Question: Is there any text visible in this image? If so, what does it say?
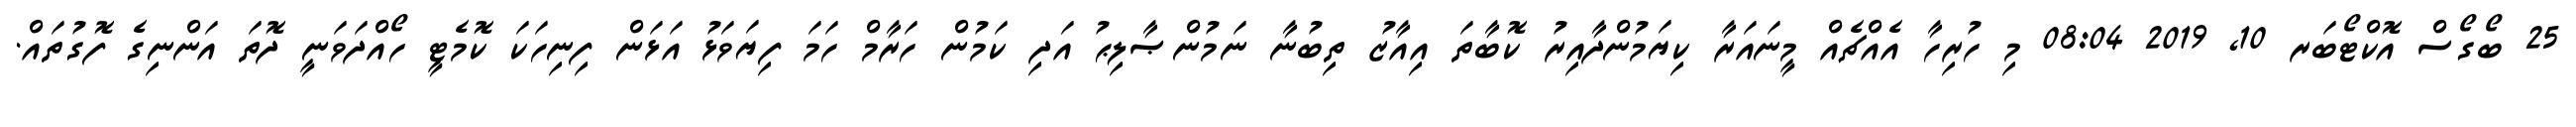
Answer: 25 ބޯގޯސް އޮކްޓޯބަރ 10, 2019 08:04 މި ހުރިހާ އެއްޗެއް މީނައަރާ ކިޔަމުންދާއިރު ކޮބާތަ އިއާޒު ތިބުނާ ނަމުންޞާލިޙު އަދި ކަމުން ހަރާމް ހަމަ ފިޔަވަޅު އަޅަން ފިނިހަކަ ކޮމެޓީ ހޯއްދަވަނީ ދޮތަ އަންނިގެ ފޮގުތައް.